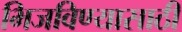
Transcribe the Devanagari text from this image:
भिजविण्यासाठी